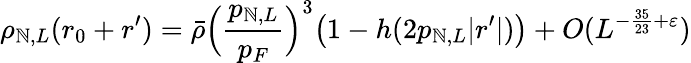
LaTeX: \rho_{\mathbb{N},L}(r_{0}+r^{\prime})=\bar{{\rho}}\Bigl(\frac{{p_{\mathbb{N},L}}}{{p_{F}}}\Bigr)^{3}\bigl(1-h(2p_{\mathbb{N},L}|r^{\prime}|)\bigr)+O(L^{-\frac{{35}}{{23}}+\varepsilon})